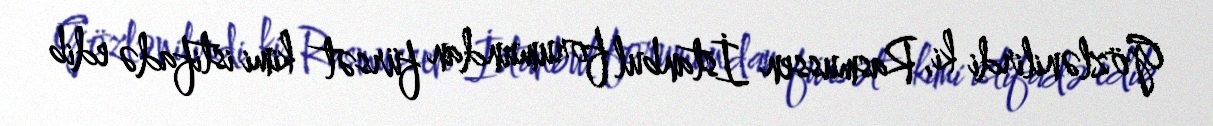
Gözlənilirdi ki, Rasmussen İstanbul forumundan fürsət kimi istifadə edib